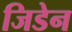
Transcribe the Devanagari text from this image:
जिडेन